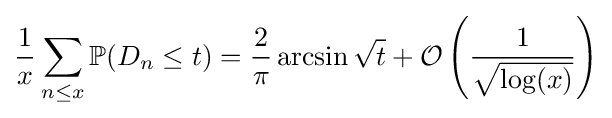
{\frac {1}{x}}\sum \limits _{n\leq x}\mathbb {P} (D_{n}\leq t)={\frac {2}{\pi }}\arcsin {\sqrt {t}}+{\mathcal {O}}\left({\frac {1}{\sqrt {\log(x)}}}\right)